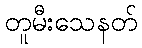
တူမီးသေနတ်